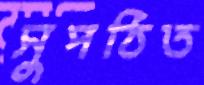
সুপঠিত